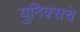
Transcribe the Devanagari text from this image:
युनिक्सचे